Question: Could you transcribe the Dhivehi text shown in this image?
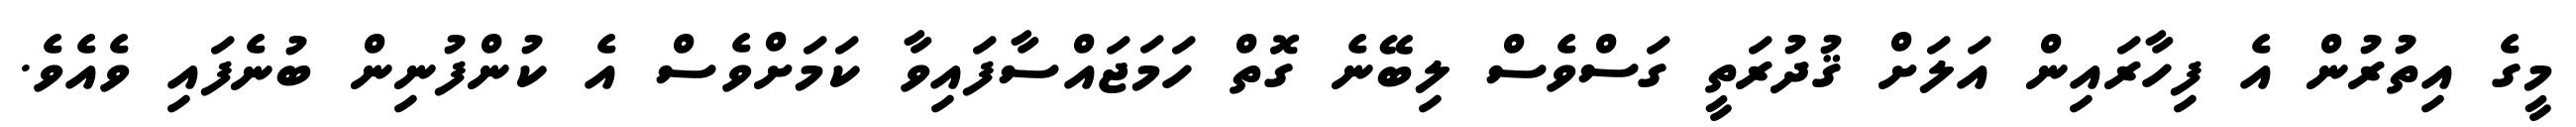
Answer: މީގެ އިތުރުން އެ ފިހާރައިން އަލަށް ޤުދުރަތީ ގަސްވެސް ލިބޭނެ ގޮތް ހަމަޖައްސާފައިވާ ކަމަށްވެސް އެ ކުންފުނިން ބުނެފައި ވެއެވެ.